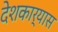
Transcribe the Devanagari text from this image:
देशकार्यास